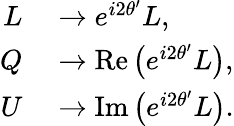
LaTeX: \begin{array}{rl}{L}&{{}\rightarrow e^{i2\theta^{\prime}}L,}\\ {Q}&{{}\rightarrow{\mathrm{Re}}\left(e^{i2\theta^{\prime}}L\right),}\\ {U}&{{}\rightarrow{\mathrm{Im}}\left(e^{i2\theta^{\prime}}L\right).}\end{array}